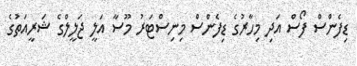
ޑިފެންސް ފޯސް އަދި މިހާރުގެ ޑިފެންސް މިނިސްޓަރު މޫސާ އަލީ ޖަލީލްގެ ޝަރީއަތުގެ